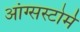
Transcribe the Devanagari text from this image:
आंग्सस्टोर्म